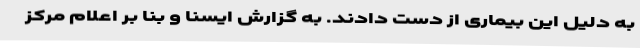
به دلیل این بیماری از دست دادند. به گزارش ایسنا و بنا بر اعلام مرکز